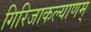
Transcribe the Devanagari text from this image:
गिरिजाकल्याणम्